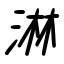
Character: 淋